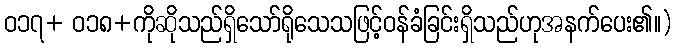
ဝ၁၇+ ဝ၁၈+ကိုဆိုသည်ရှိသော်ရိုသေသဖြင့်ဝန်ခံခြင်းရှိသည်ဟုအနက်ပေး၏။)